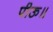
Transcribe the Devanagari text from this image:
पीऊ॥